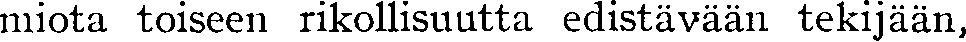
miota toiseen rikollisuutta edistävään tekijään,